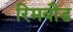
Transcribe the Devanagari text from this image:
रिमबौड